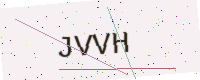
Text: JVVH